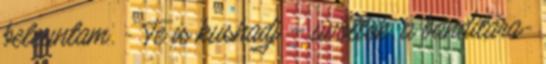
beleuntam. - Te is kushadj – üvöltök, a banditára-